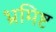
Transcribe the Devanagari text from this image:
भ्रमिष्ट